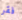
فقر